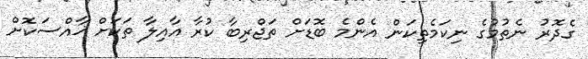
ގެދޮރު ނެތުމުގެ ނިކަމެތިކަން އެންމެ ބޮޑަށް ތަޖްރިބާ ކުރާ އާއިލާ ތަކަށް ޚާއްސަކޮށް